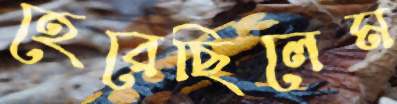
হেরেছিলেম